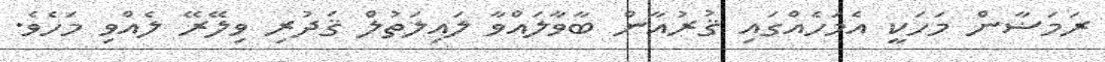
ރަމަޟާން މަހަކީ އެމަހެއްގައި ޤުރުއާން ބާވާލައްވާ ލައިލަތުލް ޤަދުރި ވިލޭރޭ ލެއްވި މަހެވެ.